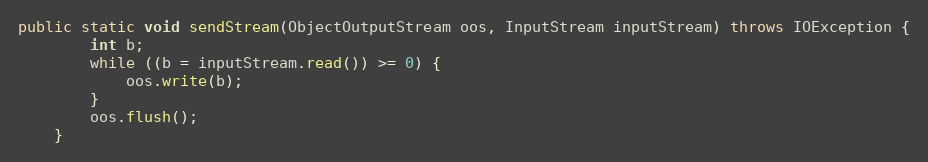
Language: Java
public static void sendStream(ObjectOutputStream oos, InputStream inputStream) throws IOException {
		int b;
		while ((b = inputStream.read()) >= 0) {
			oos.write(b);
		}
		oos.flush();
	}